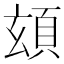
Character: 𩑹